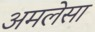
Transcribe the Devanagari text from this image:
अमलेसा